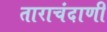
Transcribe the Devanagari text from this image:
ताराचंदाणी